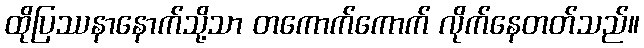
ထိုပြဿနာနောက်သို့သာ တကောက်ကောက် လိုက်နေတတ်သည်။